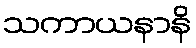
သကာယနာနိ